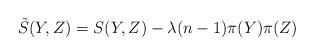
LaTeX: \begin{align*}\tilde{S}(Y,Z)=S(Y, Z)-\lambda (n-1) \pi(Y)\pi(Z)\end{align*}